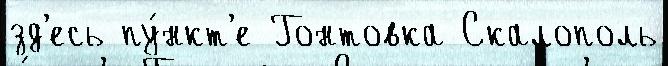
зд'есь пу́нкт'е Гонтовка Скалополь